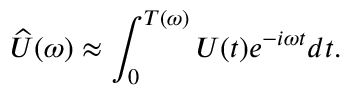
\widehat { U } ( \omega ) \approx \int _ { 0 } ^ { T ( \omega ) } U ( t ) e ^ { - i \omega t } d t .